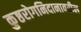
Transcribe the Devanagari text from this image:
कुष्ठरोगनिदानावरील